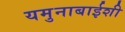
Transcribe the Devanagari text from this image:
यमुनाबाईशी